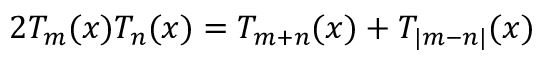
2 T _ { m } ( x ) T _ { n } ( x ) = T _ { m + n } ( x ) + T _ { | m - n | } ( x )